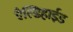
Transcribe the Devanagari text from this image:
ऐल्डिहाईड